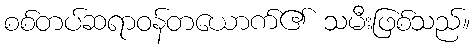
စစ်တပ်ဆရာဝန်တယောက်၏ သမီးဖြစ်သည်။